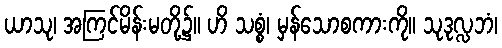
ယာသု၊ အကြင်မိန်းမတို့၌။ ဟိ သစ္စံ၊ မှန်သောစကားကို။ သုဒုလ္လဘံ၊